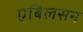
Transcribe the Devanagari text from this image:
एबिलसन